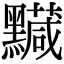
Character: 𪒯